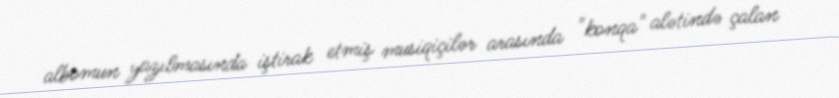
albomun yazılmasında iştirak etmiş musiqiçilər arasında "konqa" alətində çalan